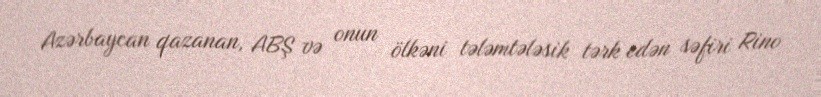
Azərbaycan qazanan, ABŞ və onun ölkəni tələmtələsik tərk edən səfiri Rino